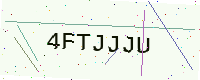
Text: 4FTJJJU